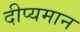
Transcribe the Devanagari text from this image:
दीप्यमान